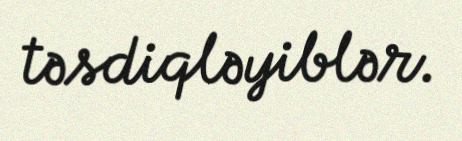
təsdiqləyiblər.